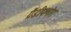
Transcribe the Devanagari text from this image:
ग्रैंडीफ्लोरा